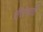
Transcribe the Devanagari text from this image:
तीरवर्तो